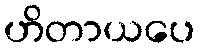
ဟိတာယပေ